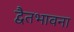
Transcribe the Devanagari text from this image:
द्वैतभावना